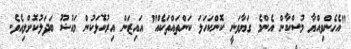
"އެހެންވިއްޔާ މުސްކާން އެންމެ ގަޔާވަނީ ކޮންކަހަލަ ކަންތައްތަކެއް" އައިޒަން އިރުކޮޅަކުން މައުޟޫ ބަދަލުކޮށްލިއެވެ.